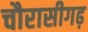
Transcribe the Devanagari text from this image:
चौरासीगढ़